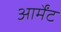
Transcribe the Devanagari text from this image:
आर्मेंट